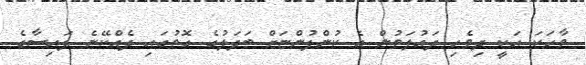
ވާހަކަ އަކީ ދިވެހި ދައުލަތުން އެ ކުންފުންޏަށް ބަދަލުގެ ގޮތުގައި ދެއްކޭނެ ފައިސާގެ